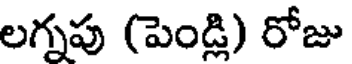
లగ్నపు (పెండ్లి) రోజు